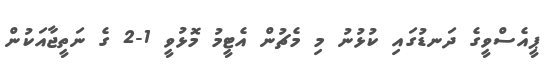
ޕީއެސްވީގެ ދަނޑުގައި ކުޅުނު މި މެޗުން އެޓީމު މޮޅުވީ 1-2 ގެ ނަތީޖާއަކުން